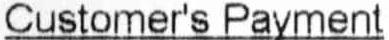
CUSTOMER'S PAYMENT